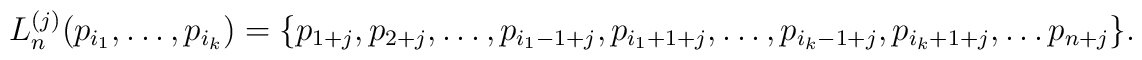
L^{(j)}_n(p_{i_1},\ldots,p_{i_k})=\{p_{1+j},p_{2+j},\ldots,p_{i_1-1+j},p_{i_1+1+j},\ldots,p_{i_k-1+j},p_{i_k+1+j},\ldots p_{n+j}\}.